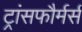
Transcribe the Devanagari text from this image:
ट्रांसफौर्मर्स